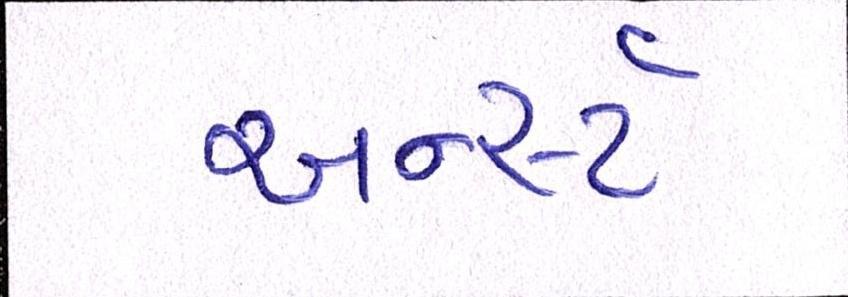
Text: અર્ન્સ્ટ